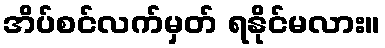
အိပ်စင်လက်မှတ် ရနိုင်မလား။